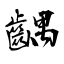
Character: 齵